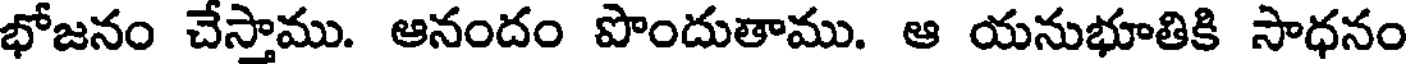
భోజనం చేస్తాము. ఆనందం పొందుతాము. ఆ యనుభూతికి సాధనం